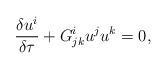
LaTeX: \begin{align*}\frac{\delta u^i}{\delta \tau} + G^i_{jk}u^j u^k=0,\end{align*}